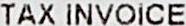
TAX INVOICE